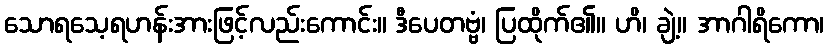
သောရသေ့ရဟန်းအားဖြင့်လည်းကောင်း။ ဒီပေတဗ္ဗံ၊ ပြထိုက်၏။ ဟိ၊ ချဲ့။ အာဂါရိကော၊